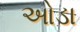
ઓડા